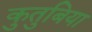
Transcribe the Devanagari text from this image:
कुतुबिया